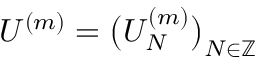
U ^ { ( m ) } = \big ( U _ { N } ^ { ( m ) } \big ) _ { N \in \mathbb { Z } }